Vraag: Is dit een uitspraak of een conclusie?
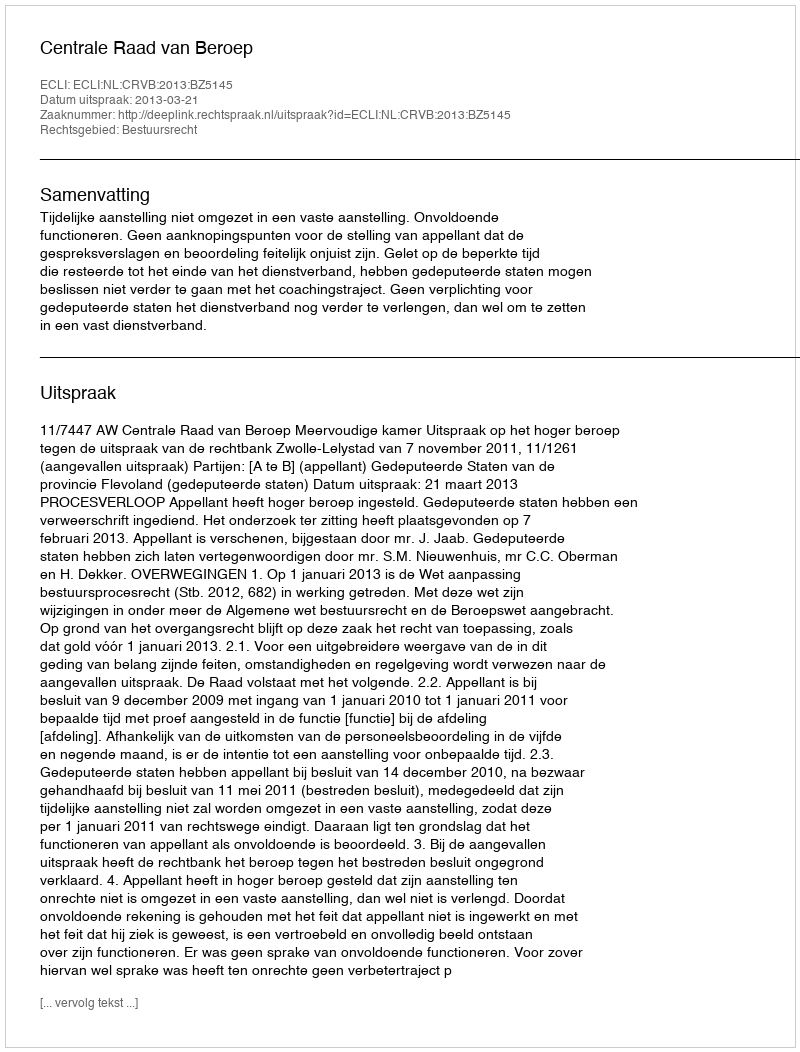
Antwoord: Uitspraak